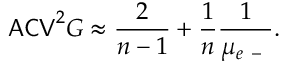
\mathsf { A C V } ^ { 2 } G \approx \frac { 2 } { n - 1 } + \frac { 1 } { n } \frac { 1 } { \mu _ { e \mathrm { ~ - ~ } } } .